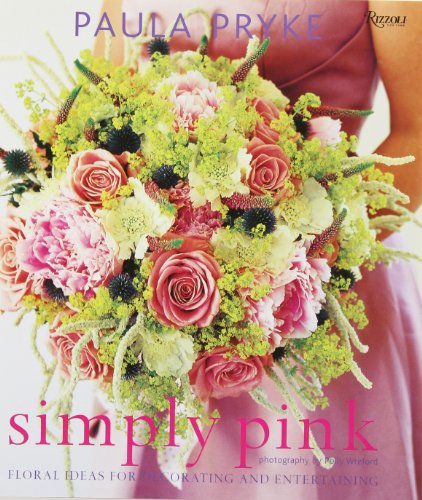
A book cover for Simply Pink: Floral Ideas for Decorating and Entertaining; Paula Pryke; Crafts, Hobbies & Home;